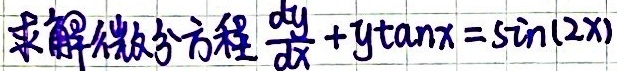
求解微分方程 \(\frac{dy}{dx}+y\tan x=\sin(2x)\)